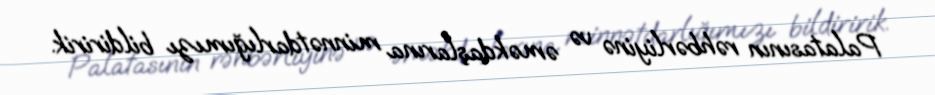
Palatasının rəhbərliyinə və əməkdaşlarına minnətdarlığımızı bildiririk.